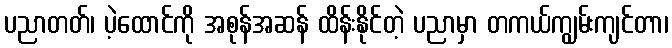
ပညာတတ်၊ ပဲ့ထောင်ကို အစုန်အဆန် ထိန်းနိုင်တဲ့ ပညာမှာ တကယ်ကျွမ်းကျင်တာ၊